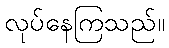
လုပ်နေကြသည်။